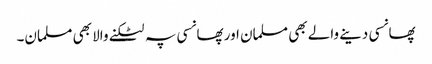
پھانسی دینے والے بھی مسلمان اور پھانسی پہ لٹکنے والا بھی مسلمان۔